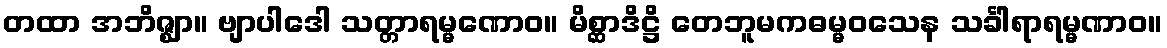
တထာ အဘိဇ္ဈာ။ ဗျာပါဒေါ သတ္တာရမ္မဏောဝ။ မိစ္ဆာဒိဋ္ဌိ တေဘူမကဓမ္မဝသေန သင်္ခါရာရမ္မဏာဝ။